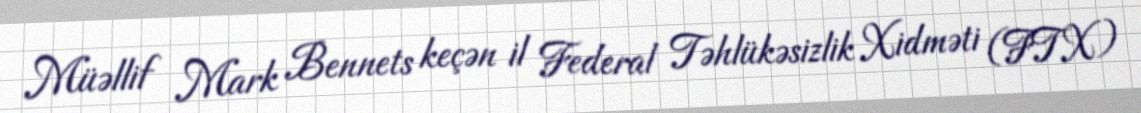
Müəllif Mark Bennets keçən il Federal Təhlükəsizlik Xidməti (FTX)